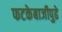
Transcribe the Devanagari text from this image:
फटकेबाजीपुढे